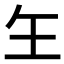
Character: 玍